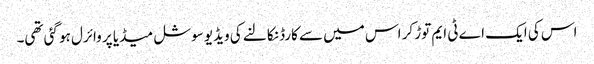
اس کی ایک اے ٹی ایم توڑ کر اس میں سے کارڈ نکالنے کی ویڈیو سوشل میڈیا پر وائرل ہو گئی تھی۔